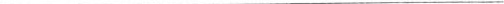
___